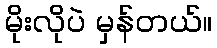
မိုးလိုပဲ မှန်တယ်။